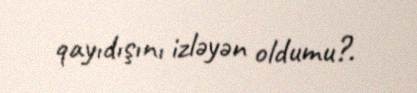
qayıdışını izləyən oldumu?.